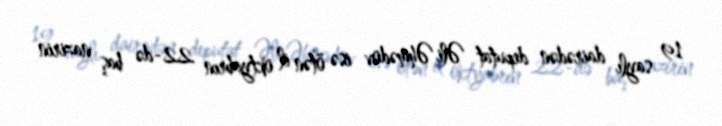
19 saylı dairədən deputat Əli Əhmədov isə ötən il oktyabrın 22-də baş nazirin